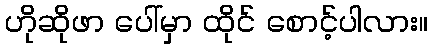
ဟိုဆိုဖာ ပေါ်မှာ ထိုင် စောင့်ပါလား။